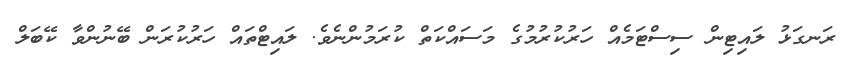
ރަނގަޅު ލައިޓިން ސިސްޓަމެއް ހަރުކުރުމުގެ މަސައްކަތް ކުރަމުންނެވެ. ލައިޓްތައް ހަރުކުރަން ބޭނުންވާ ކޭބަލް